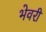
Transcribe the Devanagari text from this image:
भेवरी